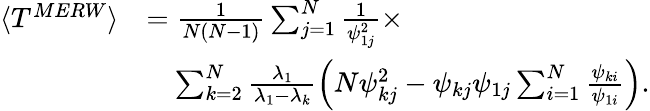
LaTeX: \begin{array}{rl}{\langle T^{MERW}\rangle}&{=\frac{1}{N(N-1)}\sum_{j=1}^{N}\frac{1}{\psi_{1j}^{2}}\times}\\ &{\quad\sum_{k=2}^{N}\frac{\lambda_{1}}{\lambda_{1}-\lambda_{k}}\left(N\psi_{kj}^{2}-\psi_{kj}\psi_{1j}\sum_{i=1}^{N}\frac{\psi_{ki}}{\psi_{1i}}\right).}\end{array}